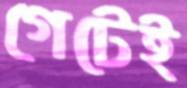
গেটেই